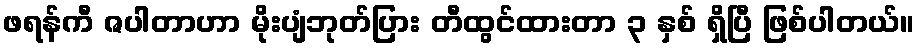
ဖရန်ကီ ဇပါတာဟာ မိုးပျံဘုတ်ပြား တီထွင်ထားတာ ၃ နှစ် ရှိပြီ ဖြစ်ပါတယ်။